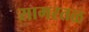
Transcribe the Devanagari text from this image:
सागरतळ